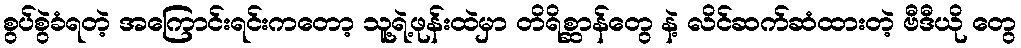
စွပ်စွဲခံရတဲ့ အကြောင်းရင်းကတော့ သူ့ရဲ့ဖုန်းထဲမှာ တိရိစ္ဆာန်တွေ နဲ့ လိင်ဆက်ဆံထားတဲ့ ဗီဒီယို တွေ